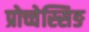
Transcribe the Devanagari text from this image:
प्रोच्चेस्सिङ